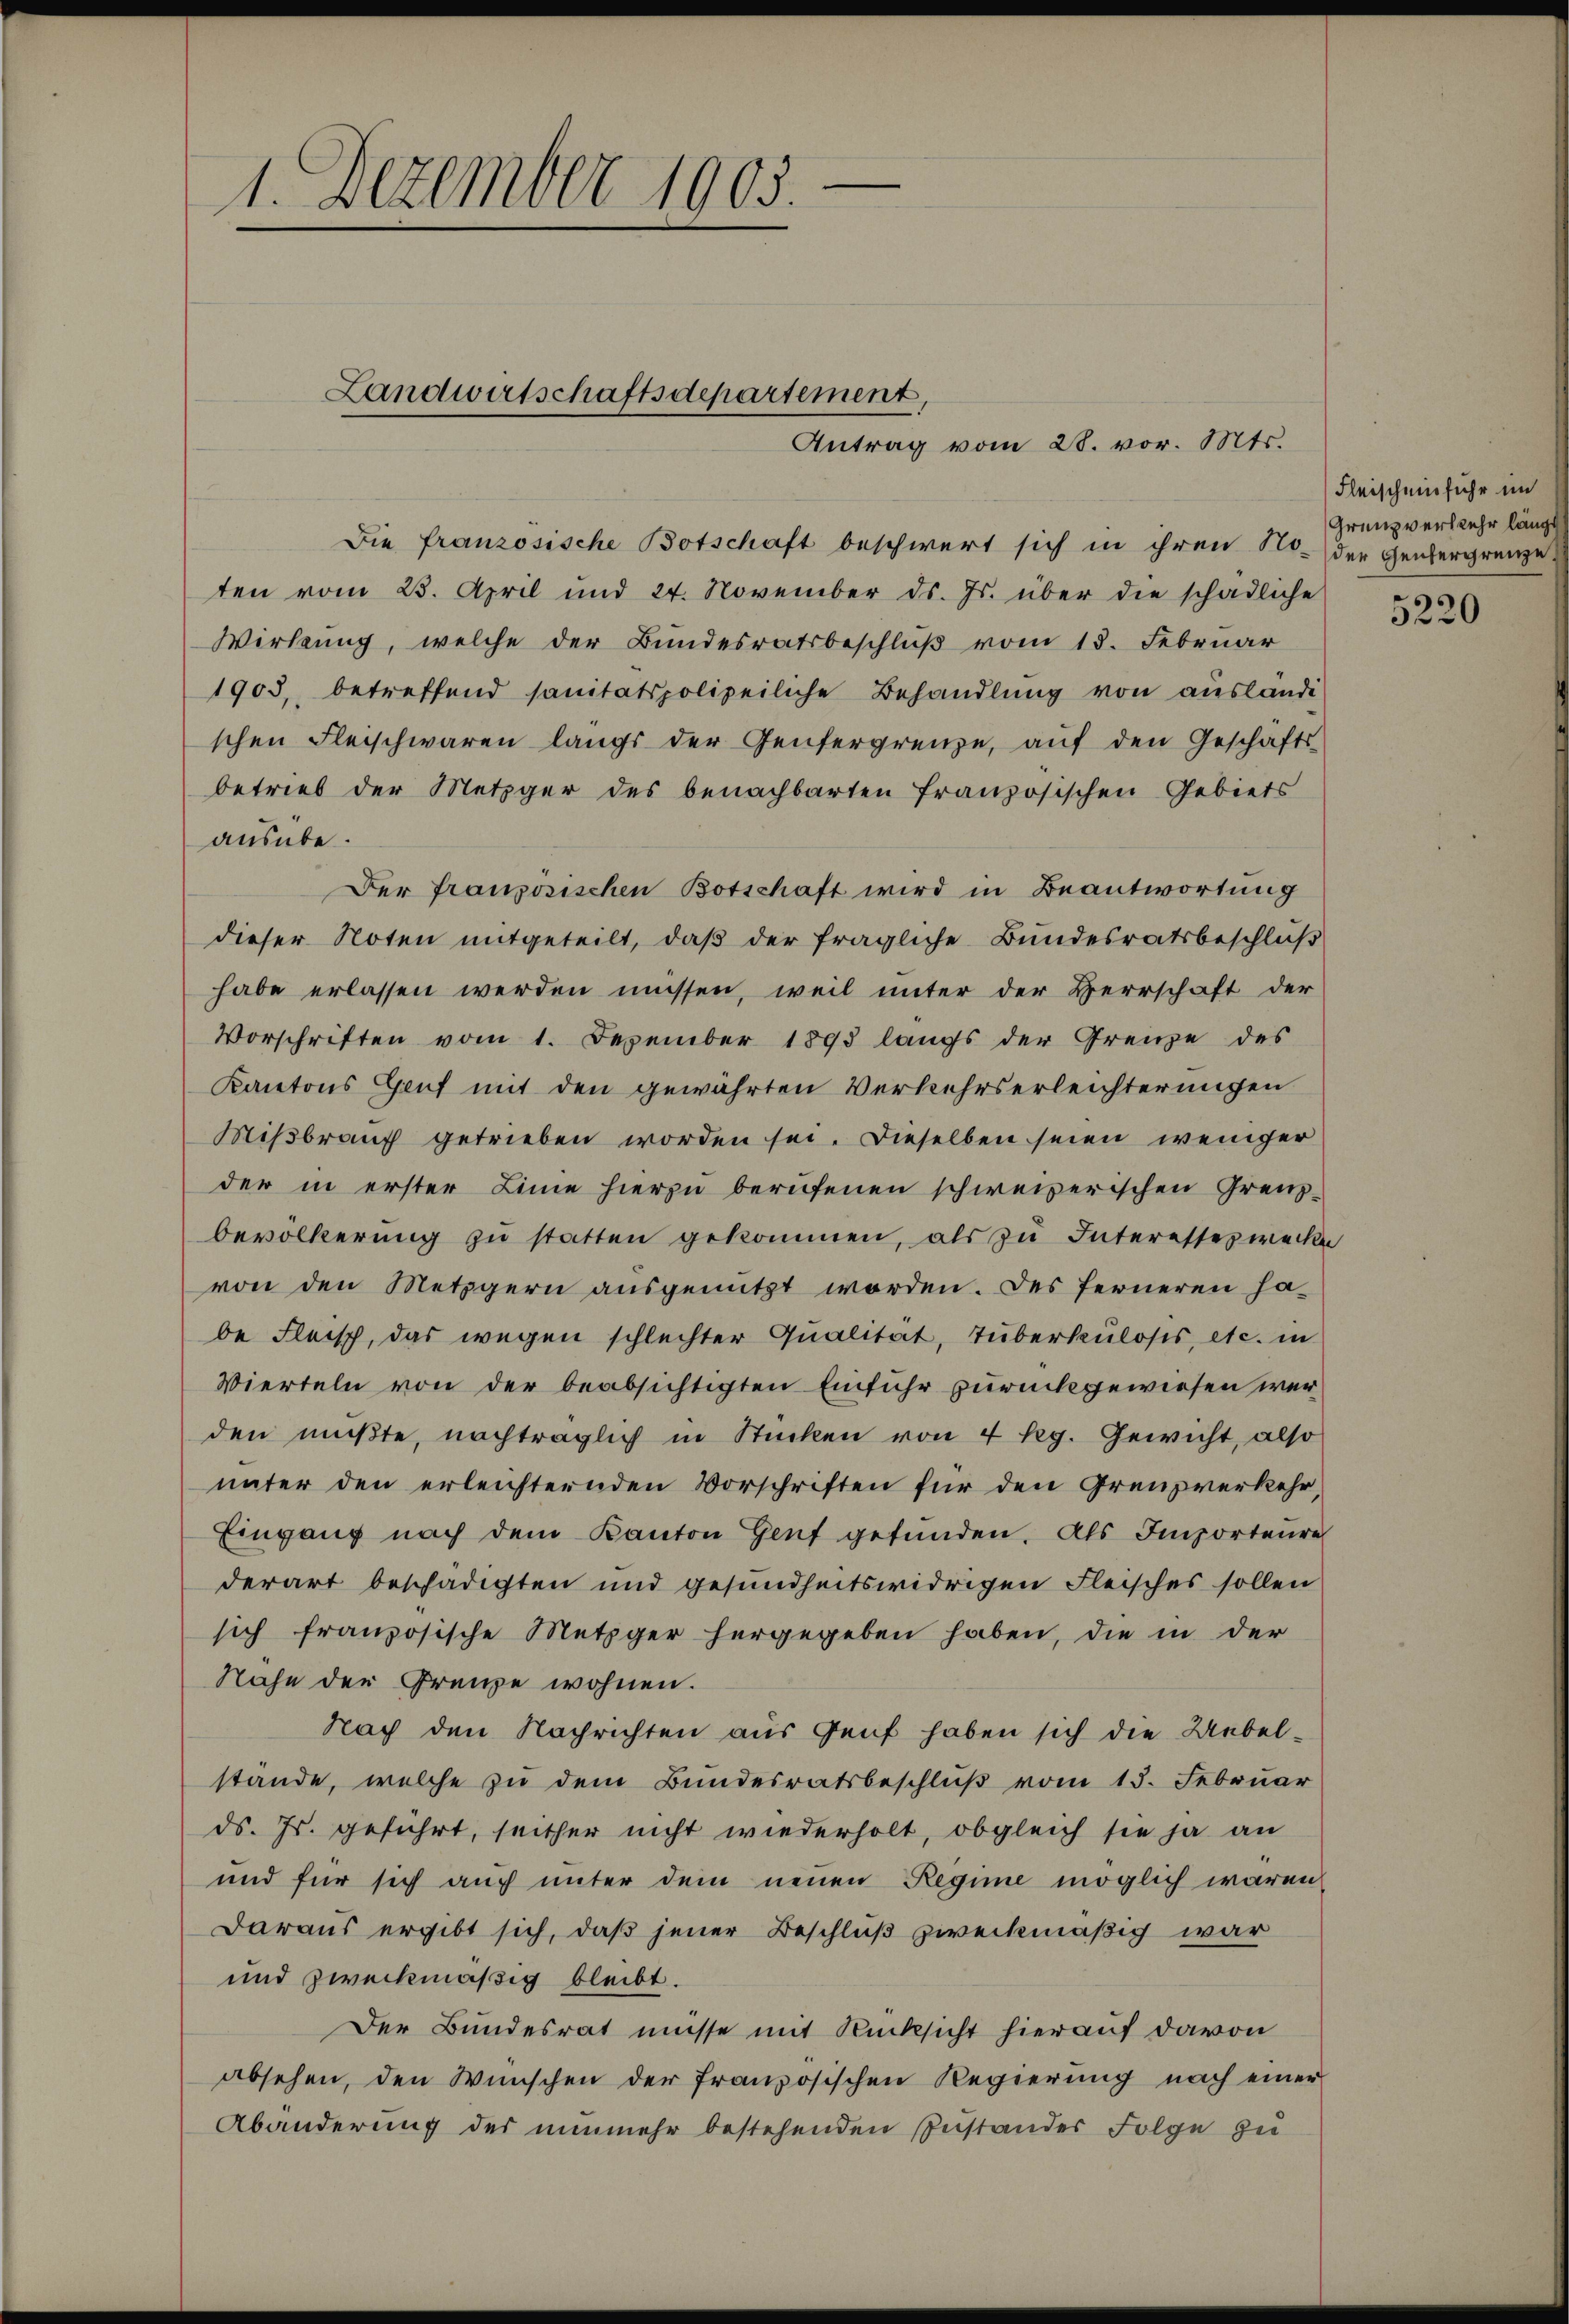
1. Dezember 1903.

Landwirtschaftsdepartement,

Antrag vom 28. vor. Mts.
Die französische Botschaft beschwert sich in ihren No-der Genergrenze,
ten vom 23. April und 24. November ds. Js. über die schädliche
Wirkung, welche der Bundesratsbeschlŭβ vom 18. Februar
1903, betreffend sanitätspolizeiliche Behandlung von ausländischen Fleischwaren langs der Genfergrenze, aŭf den Geschäfts-
betrieb der Metzger des benachbarten französischen Gebiets
ausübe.
Der französischen Botschaft wird in Beantwortung
dieser Noten mitgeteilt, daß der fragliche Bundesratsbeschluß
habe erlassen werden müssen, weil unter der Herrschaft der
Vorschriften vom 1. Dezember 1893 langs der Grenze des
Kantons Genf mit den gewährten Verkehrserleichterungen
Mißbrauch getrieben worden sei. Dieselben seien weniger
der in erster Linie hierzu berufenen schweizerischen Grenz-
bevölkerung zŭ statten gekommen, als zu Interesserwecker
von den Metzgern ausgenutzt worden. Des ferneren habe Fleisch, das wegen schlechter Qualität, Tuberkulosis, etc. in
Vierteln von der beabsichtigten Einfuhr zurückgewiesen werden mußte, nachträglich in Stücken von 4 Rg. Gewicht, also
unter den erleichternden Vorschriften für den Grenzverkehr,
Eingang nach dem Kanton Genf gefŭnden. Als Importeure
derart beschädigten und gesundheitswidrigen Fleisches sollen
sich französische Metzger hergegeben haben, die in der
Nahe der Grenze wohnen.
Nach den Nachrichten aus Genf haben sich die Uebelstände, welche zu dem Bundesratsbeschluß vom 15. Februar
ds. Js. geführt, seither nicht wiederholt, obgleich sie ja an
und für sich auch unter dem neuen Regime möglich waren
daraus ergibt sich, daß jener Beschluß zweckmäßig war
und zweckmäßig bleibt.
Der Bundesrat müsse mit Rücksicht hierauf davon
absehen, den Wünschen der französischen Regierung nach einer
Abänderung des nunmehr bestehenden Zustander Folge zu

Fleischeinfuhr im
Grenzverkehr länge

5220